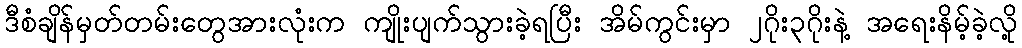
ဒီစံချိန်မှတ်တမ်းတွေအားလုံးက ကျိုးပျက်သွားခဲ့ရပြီး အိမ်ကွင်းမှာ ၂ဂိုး၃ဂိုးနဲ့ အရေးနိမ့်ခဲ့လို့